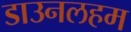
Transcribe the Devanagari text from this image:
डाउनलहम